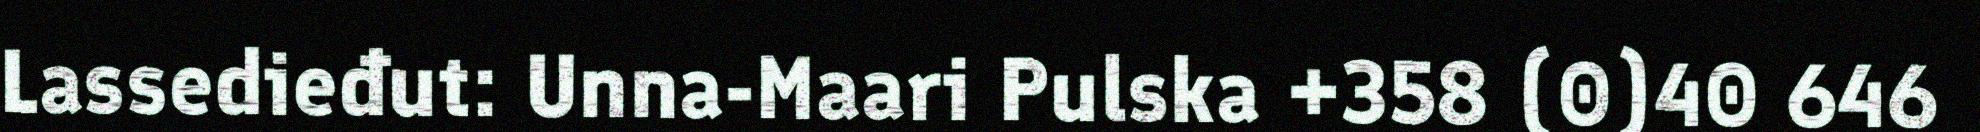
Lassedieđut: Unna-Maari Pulska +358 (0)40 646